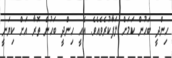
ހިންދީ ބަހުން ކަމަށް ލަފާކުރެވެއެވެ. އެއީ ހިންދީ ބަހުން ތޮރާ އަށް ކިޔަނީ